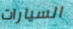
السيارات